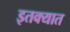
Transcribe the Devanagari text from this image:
इतक्‍यात